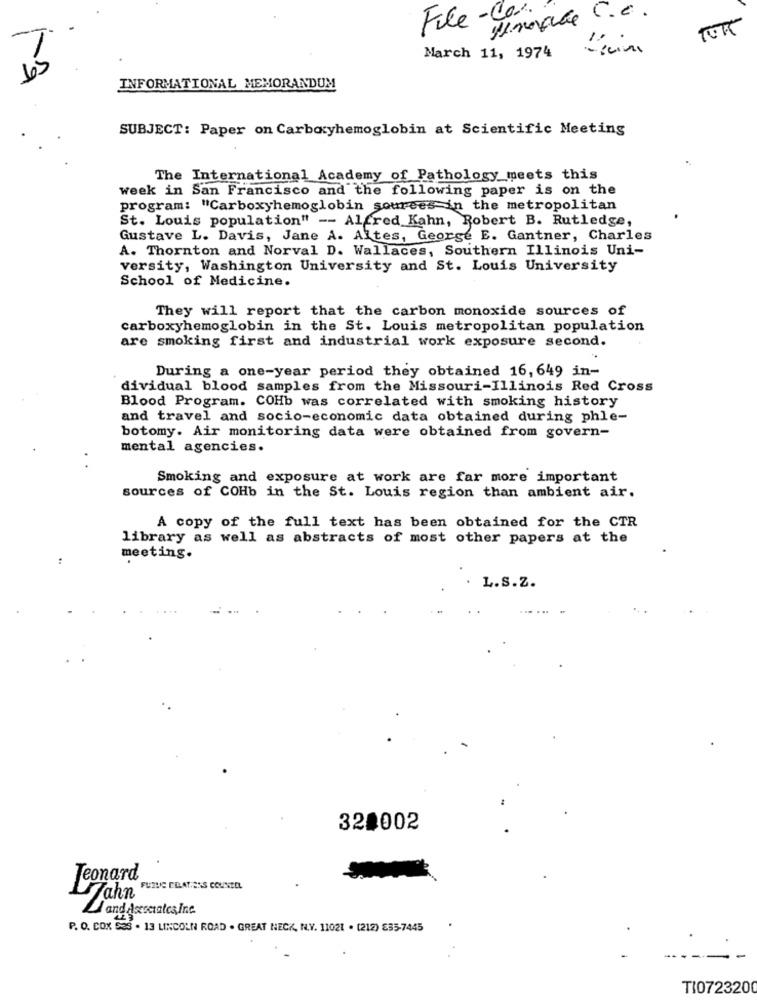
Finale C.C.
File -
TOR
March 11, 1974
INFORMATIONAL MEMORANDUM
SUBJECT: Paper on Carboxyhemoglobin at Scientific Meeting
The International Academy of Pathology meets this
week in San Francisco and the following paper is on the
program: "Carboxyhemoglobin sourees in the metropolitan
St. Louis population" -- Alfred Kahn, Robert B. Rutledge,
Gustave L. Davis, Jane A. Altes, George E. Gantner, Charles
A. Thornton and Norval D. Wallaces, Southern Illinois Uni-
versity, Washington University and St. Louis University
School of Medicine.
They will report that the carbon monoxide sources of
carboxyhemoglobin in the St. Louis metropolitan population
are smoking first and industrial work exposure second.
During a one-year period they obtained 16, 649 in-
dividual blood samples from the Missouri-Illinois Red Cross
Blood Program. COHb was correlated with smoking history
and travel and socio-economic data obtained during phle-
botomy. Air monitoring data were obtained from govern-
mental agencies.
Smoking and exposure at work are far more important
sources of COHb in the St. Louis region than ambient air.
A copy of the full text has been obtained for the CTR
library as well as abstracts of most other papers at the
meeting.
L.S.Z.
320002
Jeonard
FUIUG CELATESS COUNSEL
fahn
and Asociates Inc.
P. O. COX 533 . 13 LINCOLN ROAD . GREAT NECK, N.Y. 11021 . (212) 835-7445
TI0723200